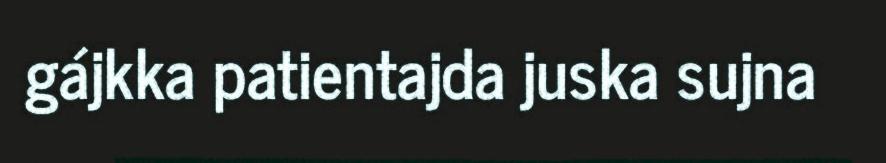
gájkka patientajda juska sujna